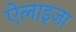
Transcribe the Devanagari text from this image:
ऐलाइज़ा